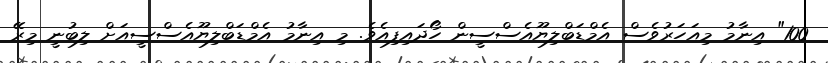
100" އިނާމު މިއަހަރުވެސް އެމްޑަބްލިޔޫއެސްސީން ހޯދައިފިއެވެ. މި އިނާމު އެމްޑަބްލިޔޫއެސްސީއަށް ލިބުނީ މިރޭ